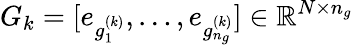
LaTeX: G_{k}=[e_{g_{1}^{(k)}},\dots,e_{g_{n_{g}}^{(k)}}]\in\mathbb{R}^{N\times n_{g}}